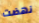
نهضت